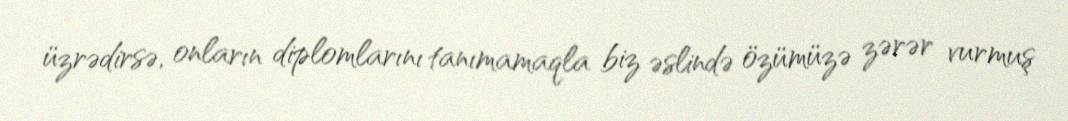
üzrədirsə, onların diplomlarını tanımamaqla biz əslində özümüzə zərər vurmuş